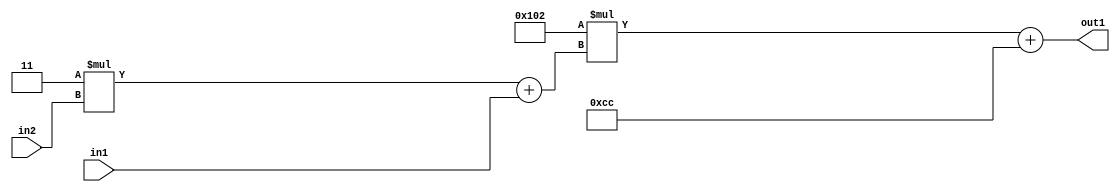
`timescale 1ps / 1ps
/*****************************************************************************
    Verilog RTL Description
    
    
    Created by: Stratus DpOpt 2019.1.01 
*******************************************************************************/

module DC_Filter_Add2i204Mul2i258Add2u1Mul2i3u2_1 (
	in2,
	in1,
	out1
	); /* architecture "behavioural" */ 
input [1:0] in2;
input  in1;
output [11:0] out1;
wire [11:0] asc001;
wire [3:0] asc002;

wire [3:0] asc002_tmp_0;
assign asc002_tmp_0 = 
	+(4'B0011 * in2);
assign asc002 = asc002_tmp_0
	+(in1);

wire [11:0] asc001_tmp_1;
assign asc001_tmp_1 = 
	+(12'B000100000010 * asc002);
assign asc001 = asc001_tmp_1
	+(12'B000011001100);

assign out1 = asc001;
endmodule

/* CADENCE  v7X0QwA= : u9/ySgnWtBlWxVPRXgAZ4Og= ** DO NOT EDIT THIS LINE ******/